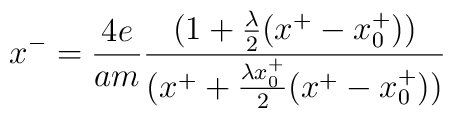
x^{-}={4e \over am} {(1+{\lambda \over 2}(x^{+}-x^{+}_{0})) \over(x^{+}+{\lambda x^{+}_{0} \over 2}(x^{+}- x^{+}_{0}))}